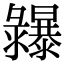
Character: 𢑾